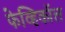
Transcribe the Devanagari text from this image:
फेव्हिकॉल